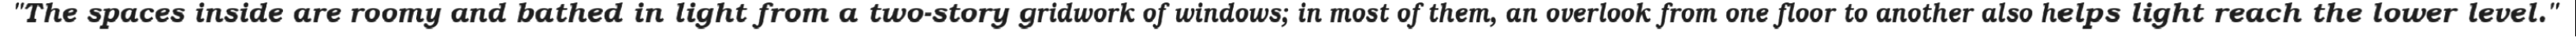
"The spaces inside are roomy and bathed in light from a two-story gridwork of windows; in most of them, an overlook from one floor to another also helps light reach the lower level."